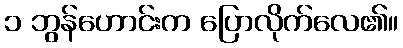
၁ ဘွန်ဟောင်းက ပြောလိုက်လေ၏။